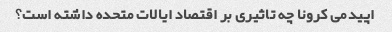
اپیدمی کرونا چه تاثیری بر اقتصاد ایالات متحده داشته است؟